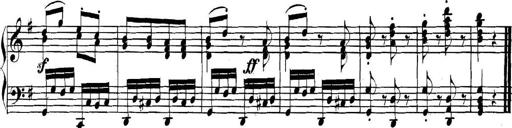
Title: Collected Piano Sonatas
Composer: Muzio Clementi